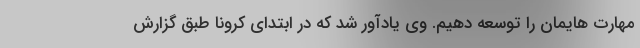
مهارت هایمان را توسعه دهیم. وی یادآور شد که در ابتدای کرونا طبق گزارش